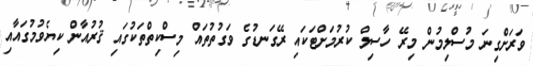
ވަރަށްގިނަ މުސްލިމުން މިރޭ ހާސިލް ކުރުމަށްޓަކައި ރޭގަނޑުގެ ވަގުތުތައް މިސްކިތްތަކުގައި ޤުރުއާން ކިޔެވުމުގައާއި